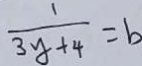
\frac { 1 } { 3 y + 4 } = b